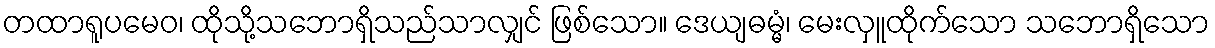
တထာရူပမေဝ၊ ထိုသို့သဘောရှိသည်သာလျှင် ဖြစ်သော။ ဒေယျဓမ္မံ၊ မေးလှူထိုက်သော သဘောရှိသော